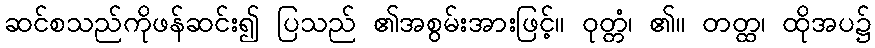
ဆင်စသည်ကိုဖန်ဆင်း၍ ပြသည် ၏အစွမ်းအားဖြင့်။ ဝုတ္တံ၊ ၏။ တတ္ထ၊ ထိုအပ၌